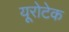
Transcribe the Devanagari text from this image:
यूरोटेक